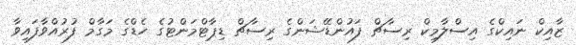
ޒާއިކް ނައިކްގެ އިސްލާމިކް ރިސާޗް ފައުންޑޭޝަންގެ ރިސާޗް ޑިޕާޓްމަންޓުގެ ހެޑްގެ މަގާމް ފުރުއްވާފައިވާ